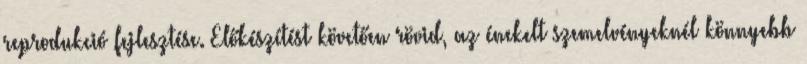
reprodukció fejlesztése. Előkészítést követően rövid, az énekelt szemelvényeknél könnyebb